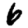
Digit: 6